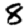
Digit: 8